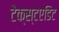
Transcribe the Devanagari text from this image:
टेक्स्टएडिट